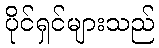
ပိုင်ရှင်များသည်